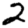
Digit: 2